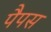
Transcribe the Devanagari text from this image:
पैपस